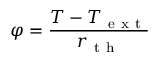
\varphi = \frac { T - T _ { \mathrm { ~ e ~ x ~ t ~ } } } { r _ { \mathrm { ~ t ~ h ~ } } }